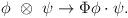
LaTeX: \begin{align*}\phi~\otimes~\psi\rightarrow \Phi\phi\cdot\psi.\end{align*}